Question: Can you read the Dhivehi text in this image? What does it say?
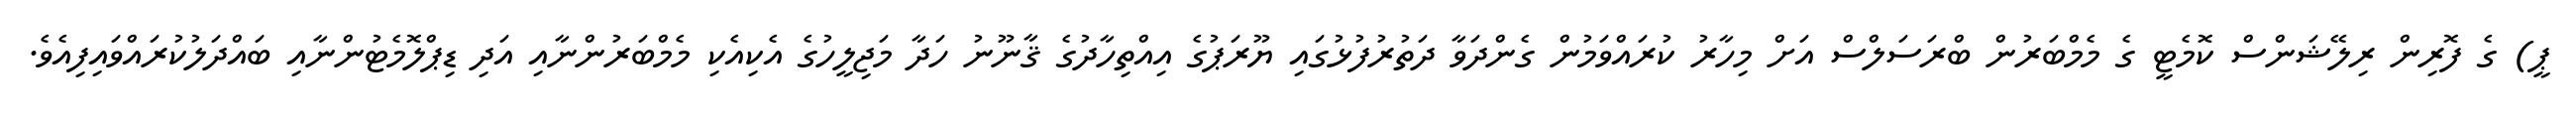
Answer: ޕީ) ގެ ފޮރިން ރިލޭޝަންސް ކޮމެޓީ ގެ މެމްބަރުން ބްރަސަލްސް އަށް މިހާރު ކުރައްވަމުން ގެންދަވާ ދަތުރުފުޅުގައި ޔޫރަޕުގެ އިއްތިހާދުގެ ޤާނޫނު ހަދާ މަޖިލީހުގެ އެކިއެކި މެމްބަރުންނާއި އަދި ޑިޕްލޮމެޓުންނާއި ބައްދަލުކުރައްވައިފިއެވެ.